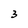
Character: 3